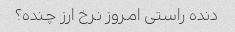
دنده راستی امروز نرخ ارز چنده؟